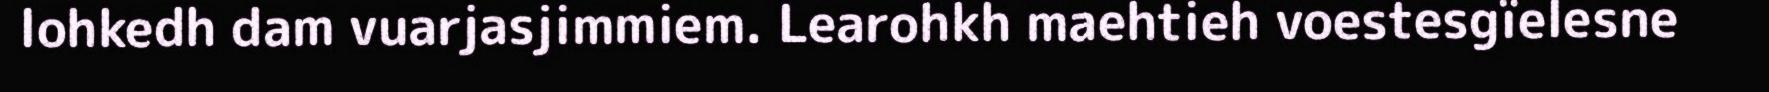
lohkedh dam vuarjasjimmiem. Learohkh maehtieh voestesgïelesne